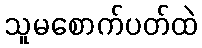
သူမစောက်ပတ်ထဲ